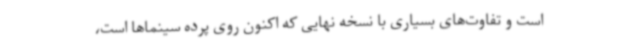
است و تفاوت‌های بسیاری با نسخه نهایی که اکنون روی پرده سینماها است،